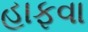
હાફવા